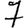
Digit: 7